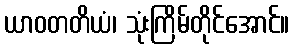
ယာဝတတိယံ၊ သုံးကြိမ်တိုင်အောင်။